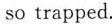
so trapped.